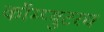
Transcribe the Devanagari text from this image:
कॉम्प्युटरचं